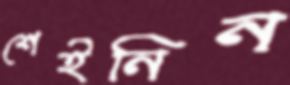
শেইনিন